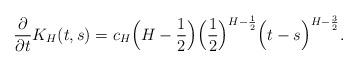
LaTeX: \begin{align*}\frac{\partial}{\partial t}K_H(t,s)=c_H\Big(H-\frac{1}{2}\Big)\Big(\frac{1}{2}\Big)^{H-\frac{1}{2}}\Big(t-s\Big)^{H-\frac{3}{2}}.\end{align*}